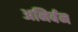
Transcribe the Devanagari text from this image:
अनिर्बन